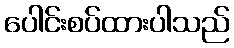
ပေါင်းစပ်ထားပါသည်